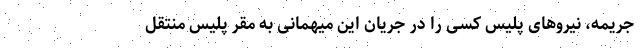
جریمه، نیروهای پلیس کسی را در جریان این میهمانی به مقر پلیس منتقل